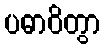
ပဓာဝိတွာ